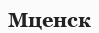
Мценск